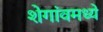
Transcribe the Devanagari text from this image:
शेगांवमध्ये